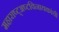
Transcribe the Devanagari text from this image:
महाराष्ट्अष्टविनायकांची